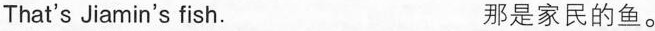
That's Jiamin's fish. 那是家民的鱼。